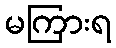
မကြားရ